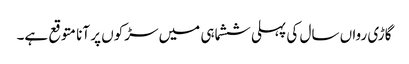
گاڑی رواں سال کی پہلی ششماہی میں سڑکوں پر آنا متوقع ہے۔